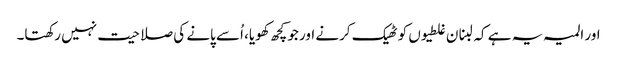
اور المیہ یہ ہے کہ لبنان غلطیوں کو ٹھیک کرنے اور جو کچھ کھویا، اُسے پانے کی صلاحیت نہیں رکھتا۔